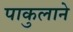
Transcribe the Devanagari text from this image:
पाकुलाने